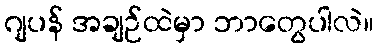
ဂျပန် အချဉ်ထဲမှာ ဘာတွေပါလဲ။